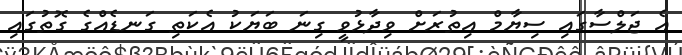
އެ ޖަލްސާގައި ސިޔާމް އިތުރަށް ވިދާޅުވީ ގިނަ ބަޔަކު އެކަތި ގަނޑެއްގެ ގޮތުގައި